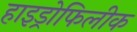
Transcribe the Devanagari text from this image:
हाइड्रोफिलीक